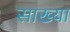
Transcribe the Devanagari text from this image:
साख्या